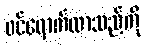
ဝင်ရောက်လာသည်ကို